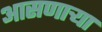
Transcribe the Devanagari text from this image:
आसणाऱ्या